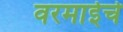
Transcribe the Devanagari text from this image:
वरमाईचे